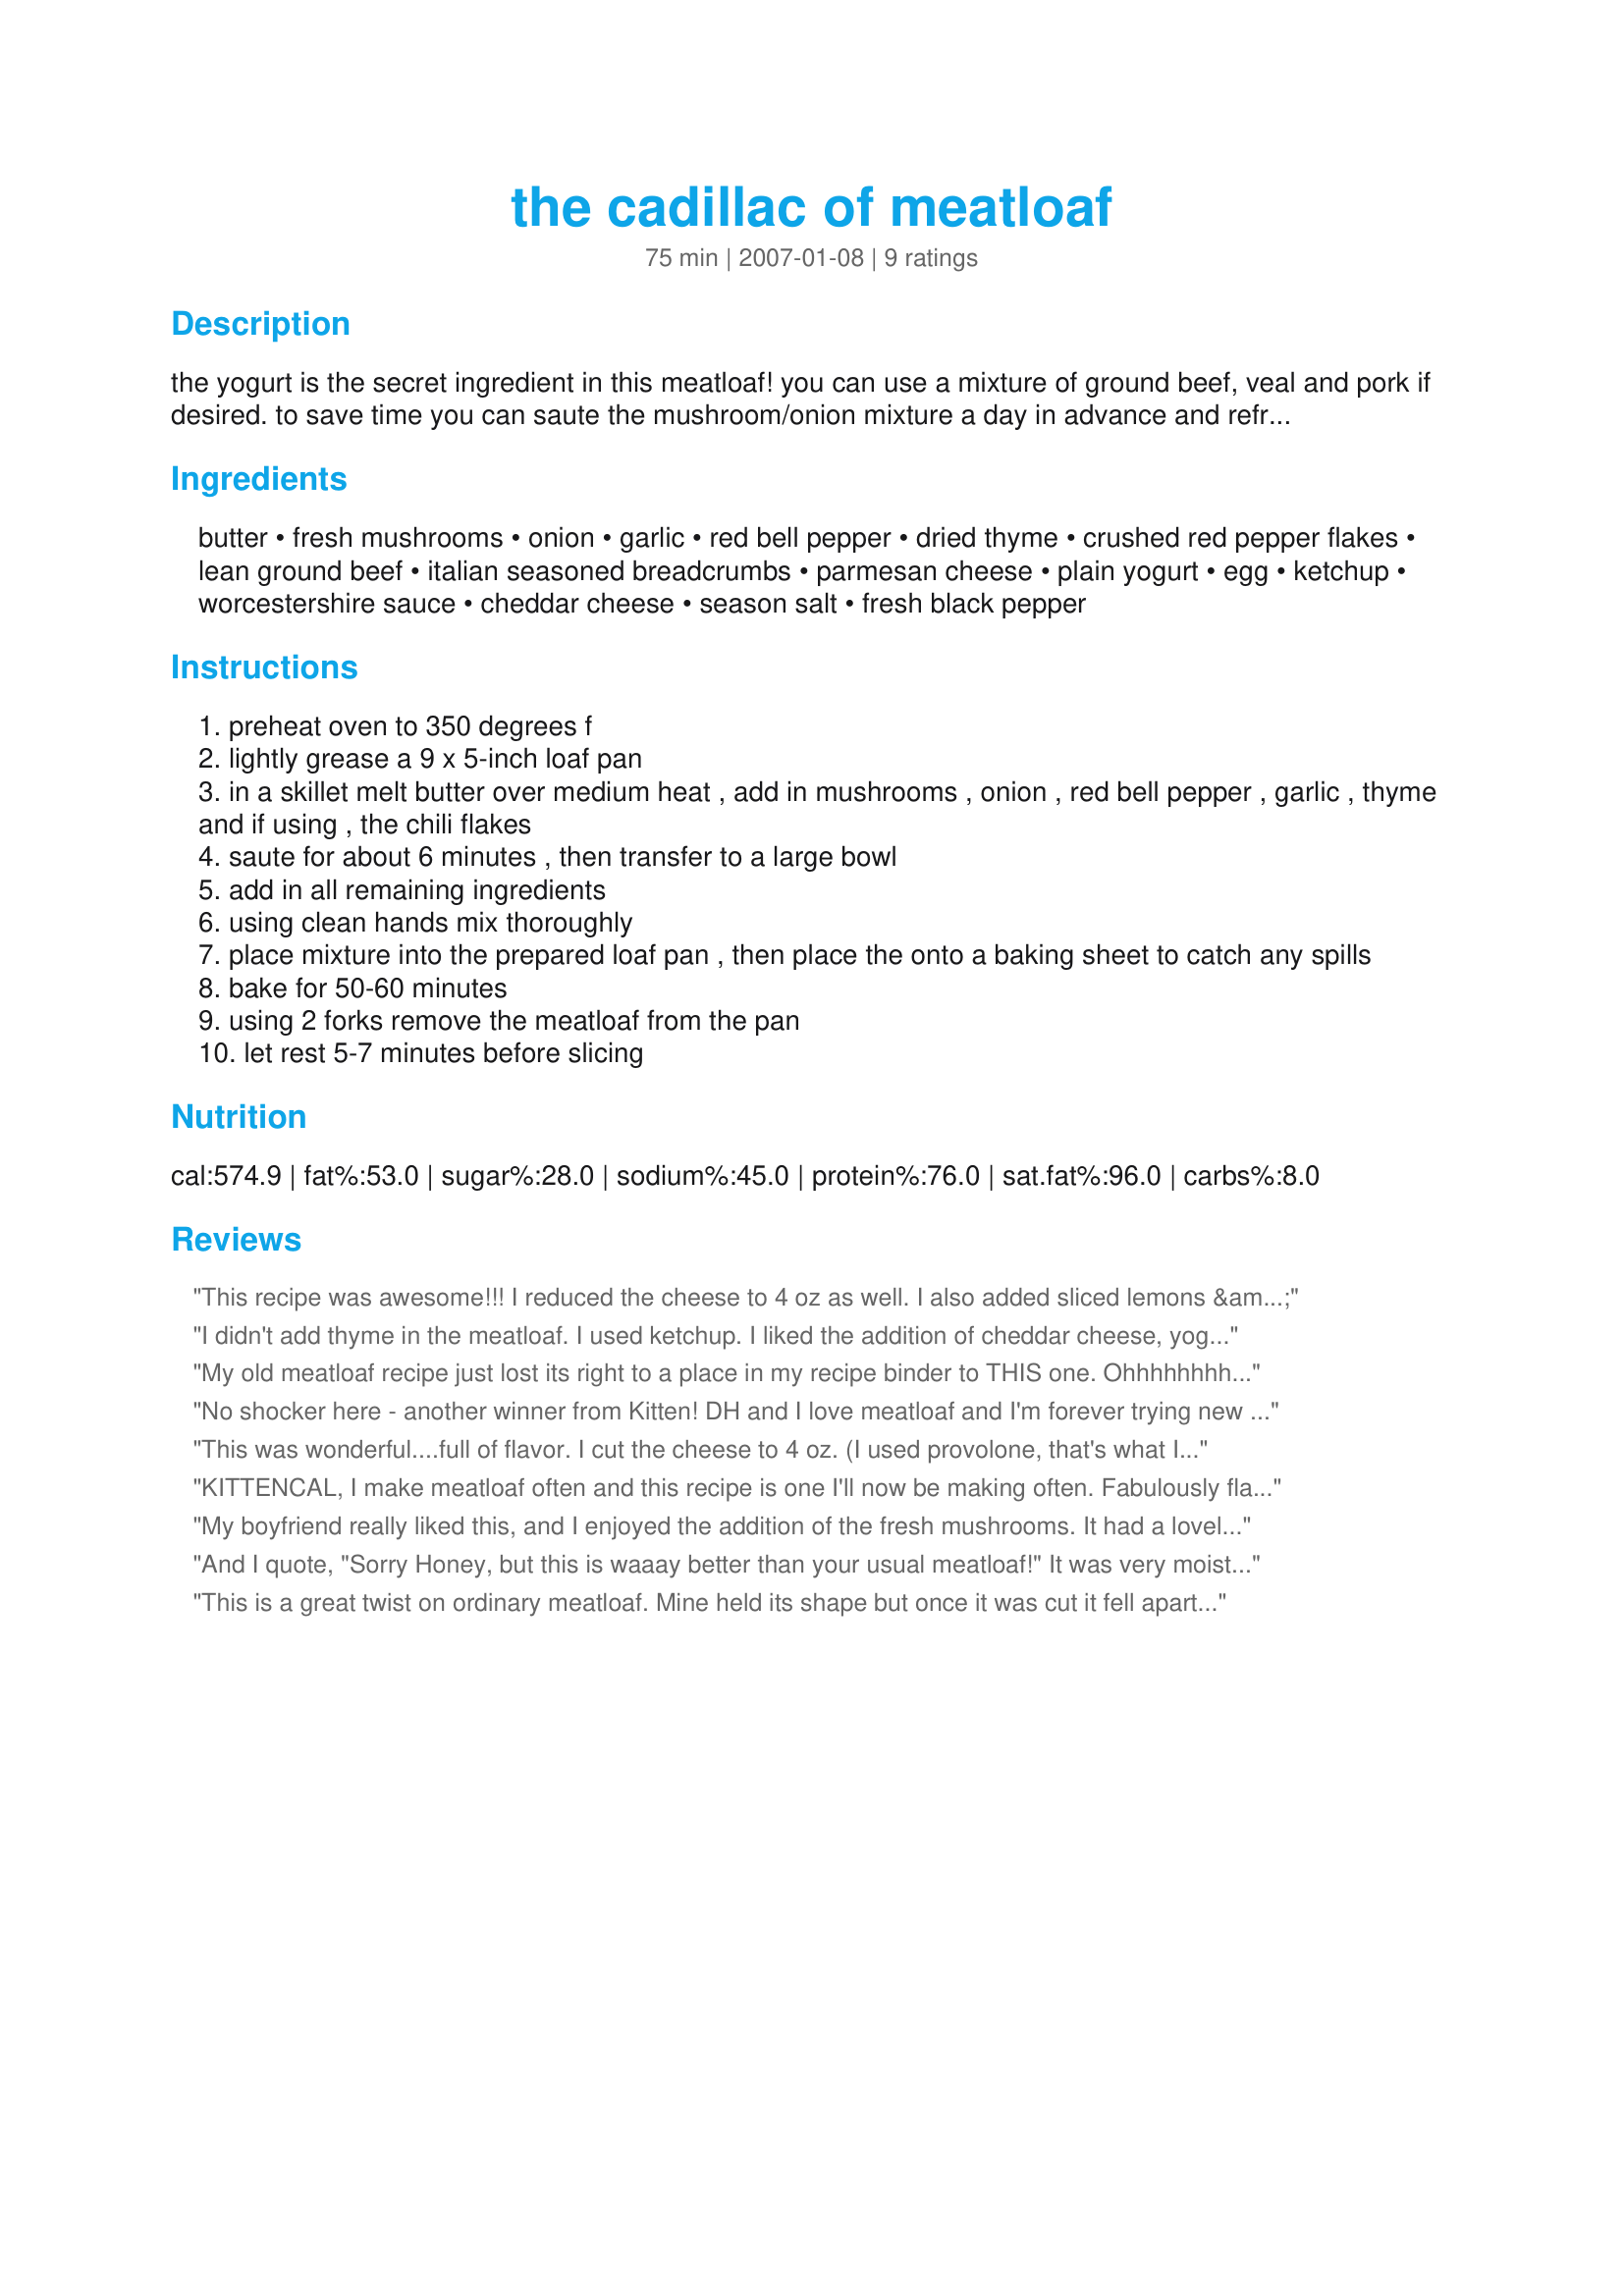
the cadillac of meatloaf
Preparation time: 75 minutes

the yogurt is the secret ingredient in this meatloaf! you can use a mixture of ground beef, veal and pork if desired. to save time you can saute the mushroom/onion mixture a day in advance and refrigerate. also chili sauce or ketchup can be spread on top of the meatloaf before baking. for italian-style breadcrumbs see recipe#203857, if you are using this recipe for breadcrumbs reduce the parmesan cheese to 1/4 cup and omit the thyme.

Ingredients:
butter, fresh mushrooms, onion, garlic, red bell pepper, dried thyme, crushed red pepper flakes, lean ground beef, italian seasoned breadcrumbs, parmesan cheese, plain yogurt, egg, ketchup, worcestershire sauce, cheddar cheese, season salt, fresh black pepper

Steps:
preheat oven to 350 degrees f
lightly grease a 9 x 5-inch loaf pan
in a skillet melt butter over medium heat , add in mushrooms , onion , red bell pepper , garlic , thyme and if using , the chili flakes
saute for about 6 minutes , then transfer to a large bowl
add in all remaining ingredients
using clean hands mix thoroughly
place mixture into the prepared loaf pan , then place the onto a baking sheet to catch any spills
bake for 50-60 minutes
using 2 forks remove the meatloaf from the pan
let rest 5-7 minutes before slicing

Reviews:
This recipe was awesome!!! I reduced the cheese to 4 oz as well. I also added sliced lemons & roma tomatoes on top for extra garnish/flavor. The lemon on top is amazing!!
My husband usually drenches his meatloaf with ketchup but he didn't add one drop to this meatloaf and he said it had so much flavor there wasn't any need to add ketchup.
I didn't add thyme in the meatloaf. I used ketchup. I liked the addition of cheddar cheese, yogurt... It's one of the best I did. It's more than 5 stars. It was enjoyed a lot and was gone so fast. Thanks Kit :) Made for 123 hit wonders
My old meatloaf recipe just lost its right to a place in my recipe binder to THIS one. Ohhhhhhhhh m'gawd, this is fabulous. So moist and full of flavor and texture! How do you DO this??? I was going to broil it for a few minutes at the end because we love an almost crispy crust, but couldn't do that with my silicon loaf pan. However, after letting it sit (for as long as it took me to photograph), it produced a nice, firm crust we almost fought for. If it wasn't for the fact that the entire loaf was as tasty as the outside, I might be divorced today. Ha! We both loved it so much, we had seconds, and I NEVER have seconds. I did use 1/2 beef, half ground pork and omitted the bell pepper for our tastes, but otherwise followed everything as written using chili sauce as the tomato ingredient resulting in one keeper of a recipe. Never would I have thought of using yogurt, but wow, now it almost makes no sense NOT to! Kitten, there are a lot of great chefs on this site, but yours have become my all-time favorite, no-fail winners... never deserving of fewer than 5 stars and mostly worthy of MORE! ;) It all started with Recipe #138173 and I was set to propose right then and there. *lol* Thanks again, sweet thang!
No shocker here - another winner from Kitten! DH and I love meatloaf and I'm forever trying new recipes. This rates right at the top. DH cannot tolerate mushrooms in any form, so I did have to omit those, but I added an additional 1/4 lb. ground beef and a bit more parmesan and breadcrumbs. I used chili sauce and did add a bit (not too much) chili sauce on top before I baked. I agree w/ a previous reviewer - this formed the most delicious sort of crispy exterior that I crave - had no problems slicing either. Served with au gratins and green beans. Will be made time and time again here!
This was wonderful....full of flavor. I cut the cheese to 4 oz. (I used provolone, that's what I had), used dried oregano instead of thyme, otherwise followed the recipe. Very moist & flavorful. Thanks for the post!!!
KITTENCAL, I make meatloaf often and this recipe is one I'll now be making often. Fabulously flavoursome: a great blend of flavours. I also just love it that I never have to increase the garlic when I make your recipes! The only change I made was to omit the ketchup (which I don't like and never buy) and to slightly increase the yoghurt, something I've never added to a meatloaf. WOW! it certainly has to be the secret ingredient here! I used Greek yoghurt (pretty much the only yoghurt I ever buy). Thank you for sharing yet another fabulous recipe!
My boyfriend really liked this, and I enjoyed the addition of the fresh mushrooms. It had a lovely crust on it and good flavor. I didn't change my dislike of meatloaf, which I believe is more a consistency issue than a taste issue. However there are a LOT of steps to this and it too long to put together for me to go out of my way to make it again.
And I quote, "Sorry Honey, but this is waaay better than your usual meatloaf!" It was very moist and easy to slice without falling apart. My husband LOVED this, but I didn't really like that I could taste the cheddar and the thyme. The mushrooms were a terrific addition that I would have never thought of.
This is a great twist on ordinary meatloaf. Mine held its shape but once it was cut it fell apart. No worries cause it was ending up in the same place.... our tummies! Thanks Kitz for a wonderful dinner and I hope you are felling better! Love, Cheryl
